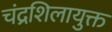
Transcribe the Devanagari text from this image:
चंद्रशिलायुक्त